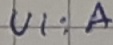
Text: UI:A